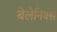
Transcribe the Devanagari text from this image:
बेलेनिक्स